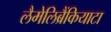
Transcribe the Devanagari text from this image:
लैमेलिब्रैंकियाटा